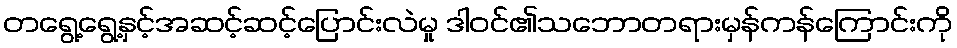
တရွေ့ရွေ့နှင့်အဆင့်ဆင့်ပြောင်းလဲမှု ဒါဝင်၏သဘောတရားမှန်ကန်ကြောင်းကို